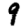
Digit: 9